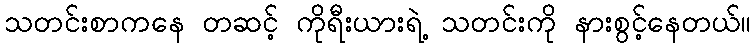
သတင်းစာကနေ တဆင့် ကိုရီးယားရဲ့ သတင်းကို နားစွင့်နေတယ်။